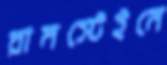
রামস্টেইনে